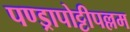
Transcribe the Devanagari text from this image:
पण्ड्रापोट्टीपल्लम